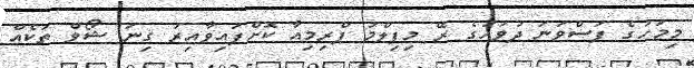
މިމަހުގެ ފަސްވަނަ ދުވަހުގެ ރޭ މިފިލްމު ޕްރިމިއާ ކޮށްފައިވާއިރު ގިނަ ޝޯވް ތަކެއް